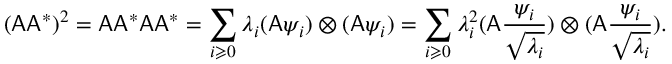
( \mathsf { A } \mathsf { A } ^ { * } ) ^ { 2 } = \mathsf { A } \mathsf { A } ^ { * } \mathsf { A } \mathsf { A } ^ { * } = \sum _ { i \geqslant 0 } \lambda _ { i } ( \mathsf { A } \psi _ { i } ) \otimes ( \mathsf { A } \psi _ { i } ) = \sum _ { i \geqslant 0 } \lambda _ { i } ^ { 2 } ( \mathsf { A } \frac { \psi _ { i } } { \sqrt { \lambda _ { i } } } ) \otimes ( \mathsf { A } \frac { \psi _ { i } } { \sqrt { \lambda _ { i } } } ) .